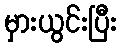
မှားယွင်းပြီး